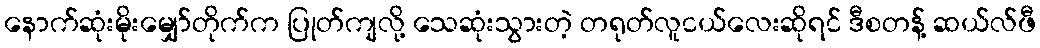
နောက်ဆုံးမိုးမျှော်တိုက်က ပြုတ်ကျလို့ သေဆုံးသွားတဲ့ တရုတ်လူငယ်လေးဆိုရင် ဒီစတန့် ဆယ်လ်ဖီ